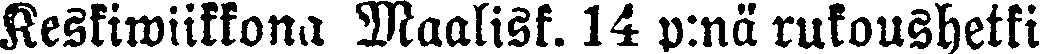
Keskiwiikkona Maalisk. 14 p:nä rukoushetki